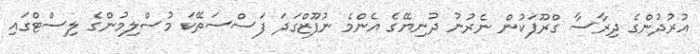
އުރުދުންގެ ދިރާސާ ގްރޫޕަކުން ނެރުނު ދުނިޔޭގެ އެންމެ ނުފޫޒްގަދަ ފަސްސަތޭކަ މުސްލިމުންގެ ލިސްޓްގައި